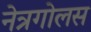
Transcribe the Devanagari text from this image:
नेत्रगोलस